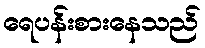
ရေပန်းစားနေသည်